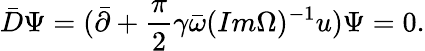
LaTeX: \bar{D}\Psi=(\bar{\partial}+{\frac{\pi}{2}}\gamma\bar{\omega}(Im\Omega)^{-1}u)\Psi=0.